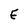
Character: E